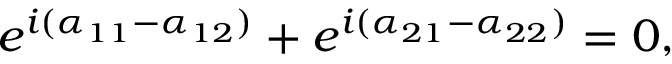
e ^ { i ( \alpha _ { 1 1 } - \alpha _ { 1 2 } ) } + e ^ { i ( \alpha _ { 2 1 } - \alpha _ { 2 2 } ) } = 0 ,